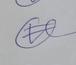
Signature authenticity: genuine